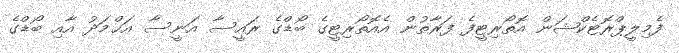
ފެމިލީޕްރޮޓެކްޝަން އޮތޯރިޓީފެ ފަރާތުން އެއޮތޯރިޓީގެ ބޯޑްގެ ރައީސާ އަނީސާ އަޙްމަދު އާއި ބޯޑްގެ